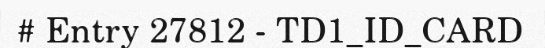
# Entry 27812 - TD1_ID_CARD